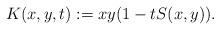
LaTeX: \begin{align*}K(x,y,t) &:= xy(1-tS(x,y)).\end{align*}